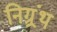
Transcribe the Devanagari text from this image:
निग्र्रंथ